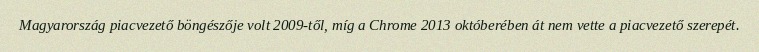
Magyarország piacvezető böngészője volt 2009-től, míg a Chrome 2013 októberében át nem vette a piacvezető szerepét.